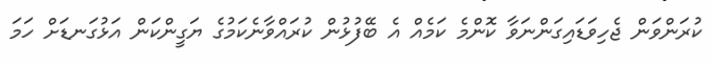
ކުރަންވަން ޖެހިވަޑައިގަންނަވާ ކޮންމެ ކަމެއް އެ ބޭފުޅުން ކުރައްވާނެކަމުގެ ޔަގީންކަން އަޅުގަނޑަށް ހަމަ